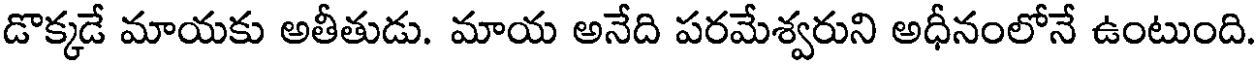
డొక్కడే మాయకు అతీతుడు. మాయ అనేది పరమేశ్వరుని అధీనంలోనే ఉంటుంది.